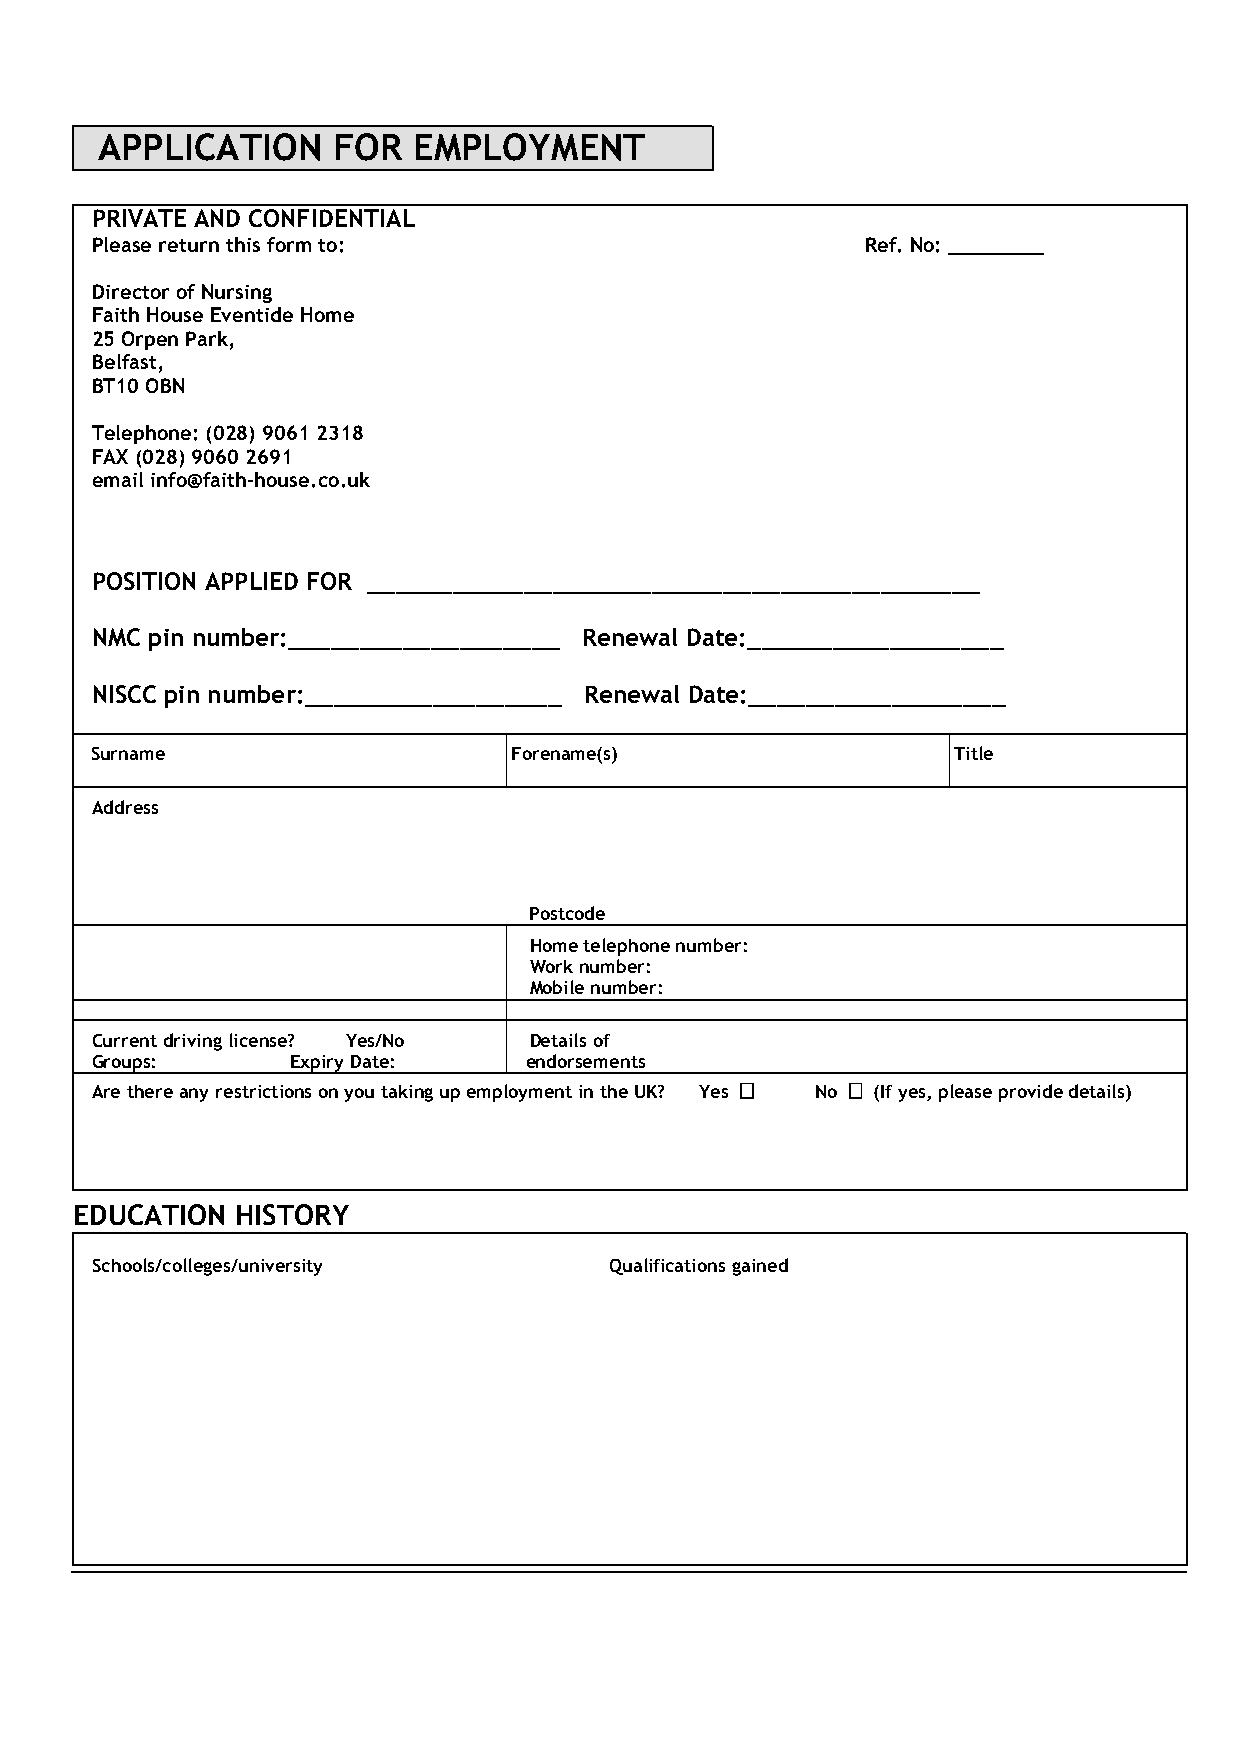
APPLICATION     FOR  EMPLOYMENT
 PRIVATE AND CONFIDENTIAL
 Please return this form to:                        Ref. No: ________
 Director of Nursing
 Faith House Eventide Home
 25 Orpen Park,
 Belfast,
 BT10 OBN
 Telephone: (028) 9061 2318
 FAX (028) 9060 2691
 email info@faith-house.co.uk
 POSITION APPLIED FOR ___________________________________________
 NMC pin number:___________________ Renewal Date:__________________
 NISCC pin number:__________________ Renewal Date:__________________
 Surname                     Forename(s)                  Title
 Address
 Postcode
 Home telephone number:
 Work number:
 Mobile number:
 Current driving license? Yes/No Details of
 Groups:      Expiry Date:    endorsements
 Are there any restrictions on you taking up employment in the UK? Yes  No  (If yes, please provide details)
 EDUCATION  HISTORY
 Schools/colleges/university       Qualifications gained